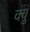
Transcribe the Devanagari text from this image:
क्युं